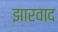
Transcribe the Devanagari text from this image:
झारवाद